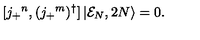
[ j _ { + } { } ^ { n } , ( j _ { + } { } ^ { m } ) ^ { \dagger } ] \left| { \cal E } _ { N } , 2 N \right\rangle = 0 .